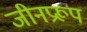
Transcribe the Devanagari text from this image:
जीनप्ररूप